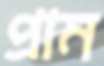
প্রাম